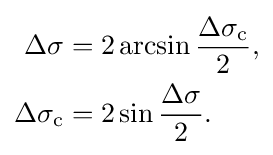
{\begin{aligned}\Delta \sigma &=2\arcsin {\frac {\Delta \sigma _{\text{c}}}{2}},\\\Delta \sigma _{\text{c}}&=2\sin {\frac {\Delta \sigma }{2}}.\end{aligned}}